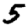
Digit: 5